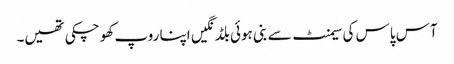
آس پاس کی سیمنٹ سے بنی ہوئی بلڈنگیں اپنا روپ کھو چکی تھیں۔